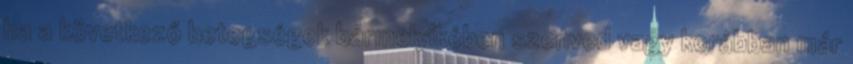
ha a következő betegségek bármelyikében szenved vagy korábban már